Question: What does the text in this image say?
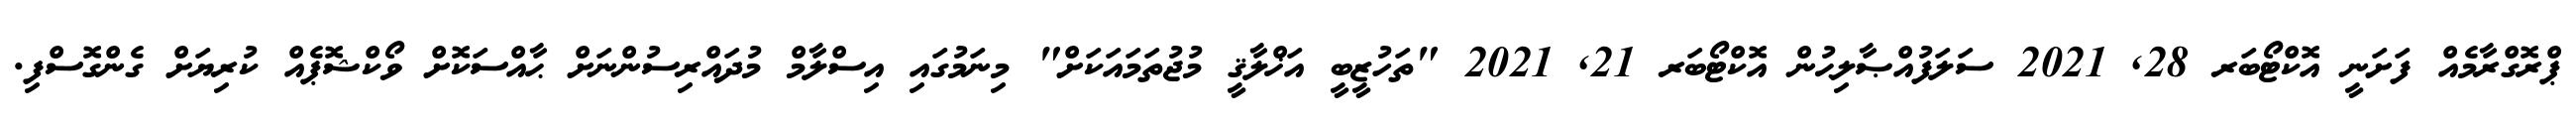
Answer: ޕްރޮގްރާމެއް ފަށަނީ އޮކްޓޯބަރ 28, 2021 ސަލަފުއްޞާލިޙުން އޮކްޓޯބަރ 21, 2021 "ތަހުޒީބީ އަޚްލާޤީ މުޖުތަމައަކަށް" މިނަމުގައި އިސްލާމް މުދައްރިސުންނަށް ޙާއްސަކޮށް ވޯކްޝޮޕެއް ކުރިޔަށް ގެންގޮސްފި.